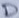
Text: D